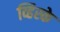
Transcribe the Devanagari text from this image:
व्हिस्के